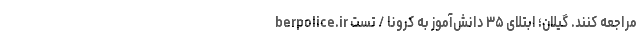
berpolice.ir مراجعه کنند. گیلان؛ ابتلای ۳۵ دانش‌آموز به کرونا / تست